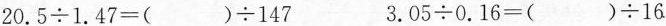
$$20.5\div1.47=( )\div147$$ $$3.05\div0.16=( )\div16$$